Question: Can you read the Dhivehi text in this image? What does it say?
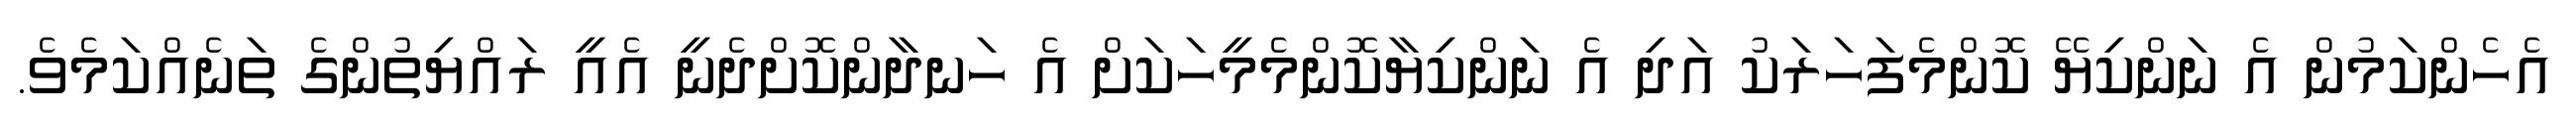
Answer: އެހެންކަމުން އެ ނަންކިޔޭ ކޮންމެފަހަރަކު އަދި އެ ނަންކިޔާކޮންމެމީހަކަށް އެ ހަނދާންކޮށްދެނީ އެއީ ރައްޔިތުންގެ ތަނެއްކަމެވެ.